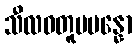
သီလဝတူပပန္နော